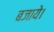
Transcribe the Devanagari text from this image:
बजाये।